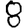
Digit: 8